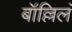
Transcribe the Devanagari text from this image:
बॉल्लिलं